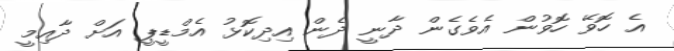
އެ ހޮވޭ ހޮވުން އެވެގެން ދާނީ ދެން އިދިކޮޅު އެމްޑީޕީ އަށް ދާއިމީ